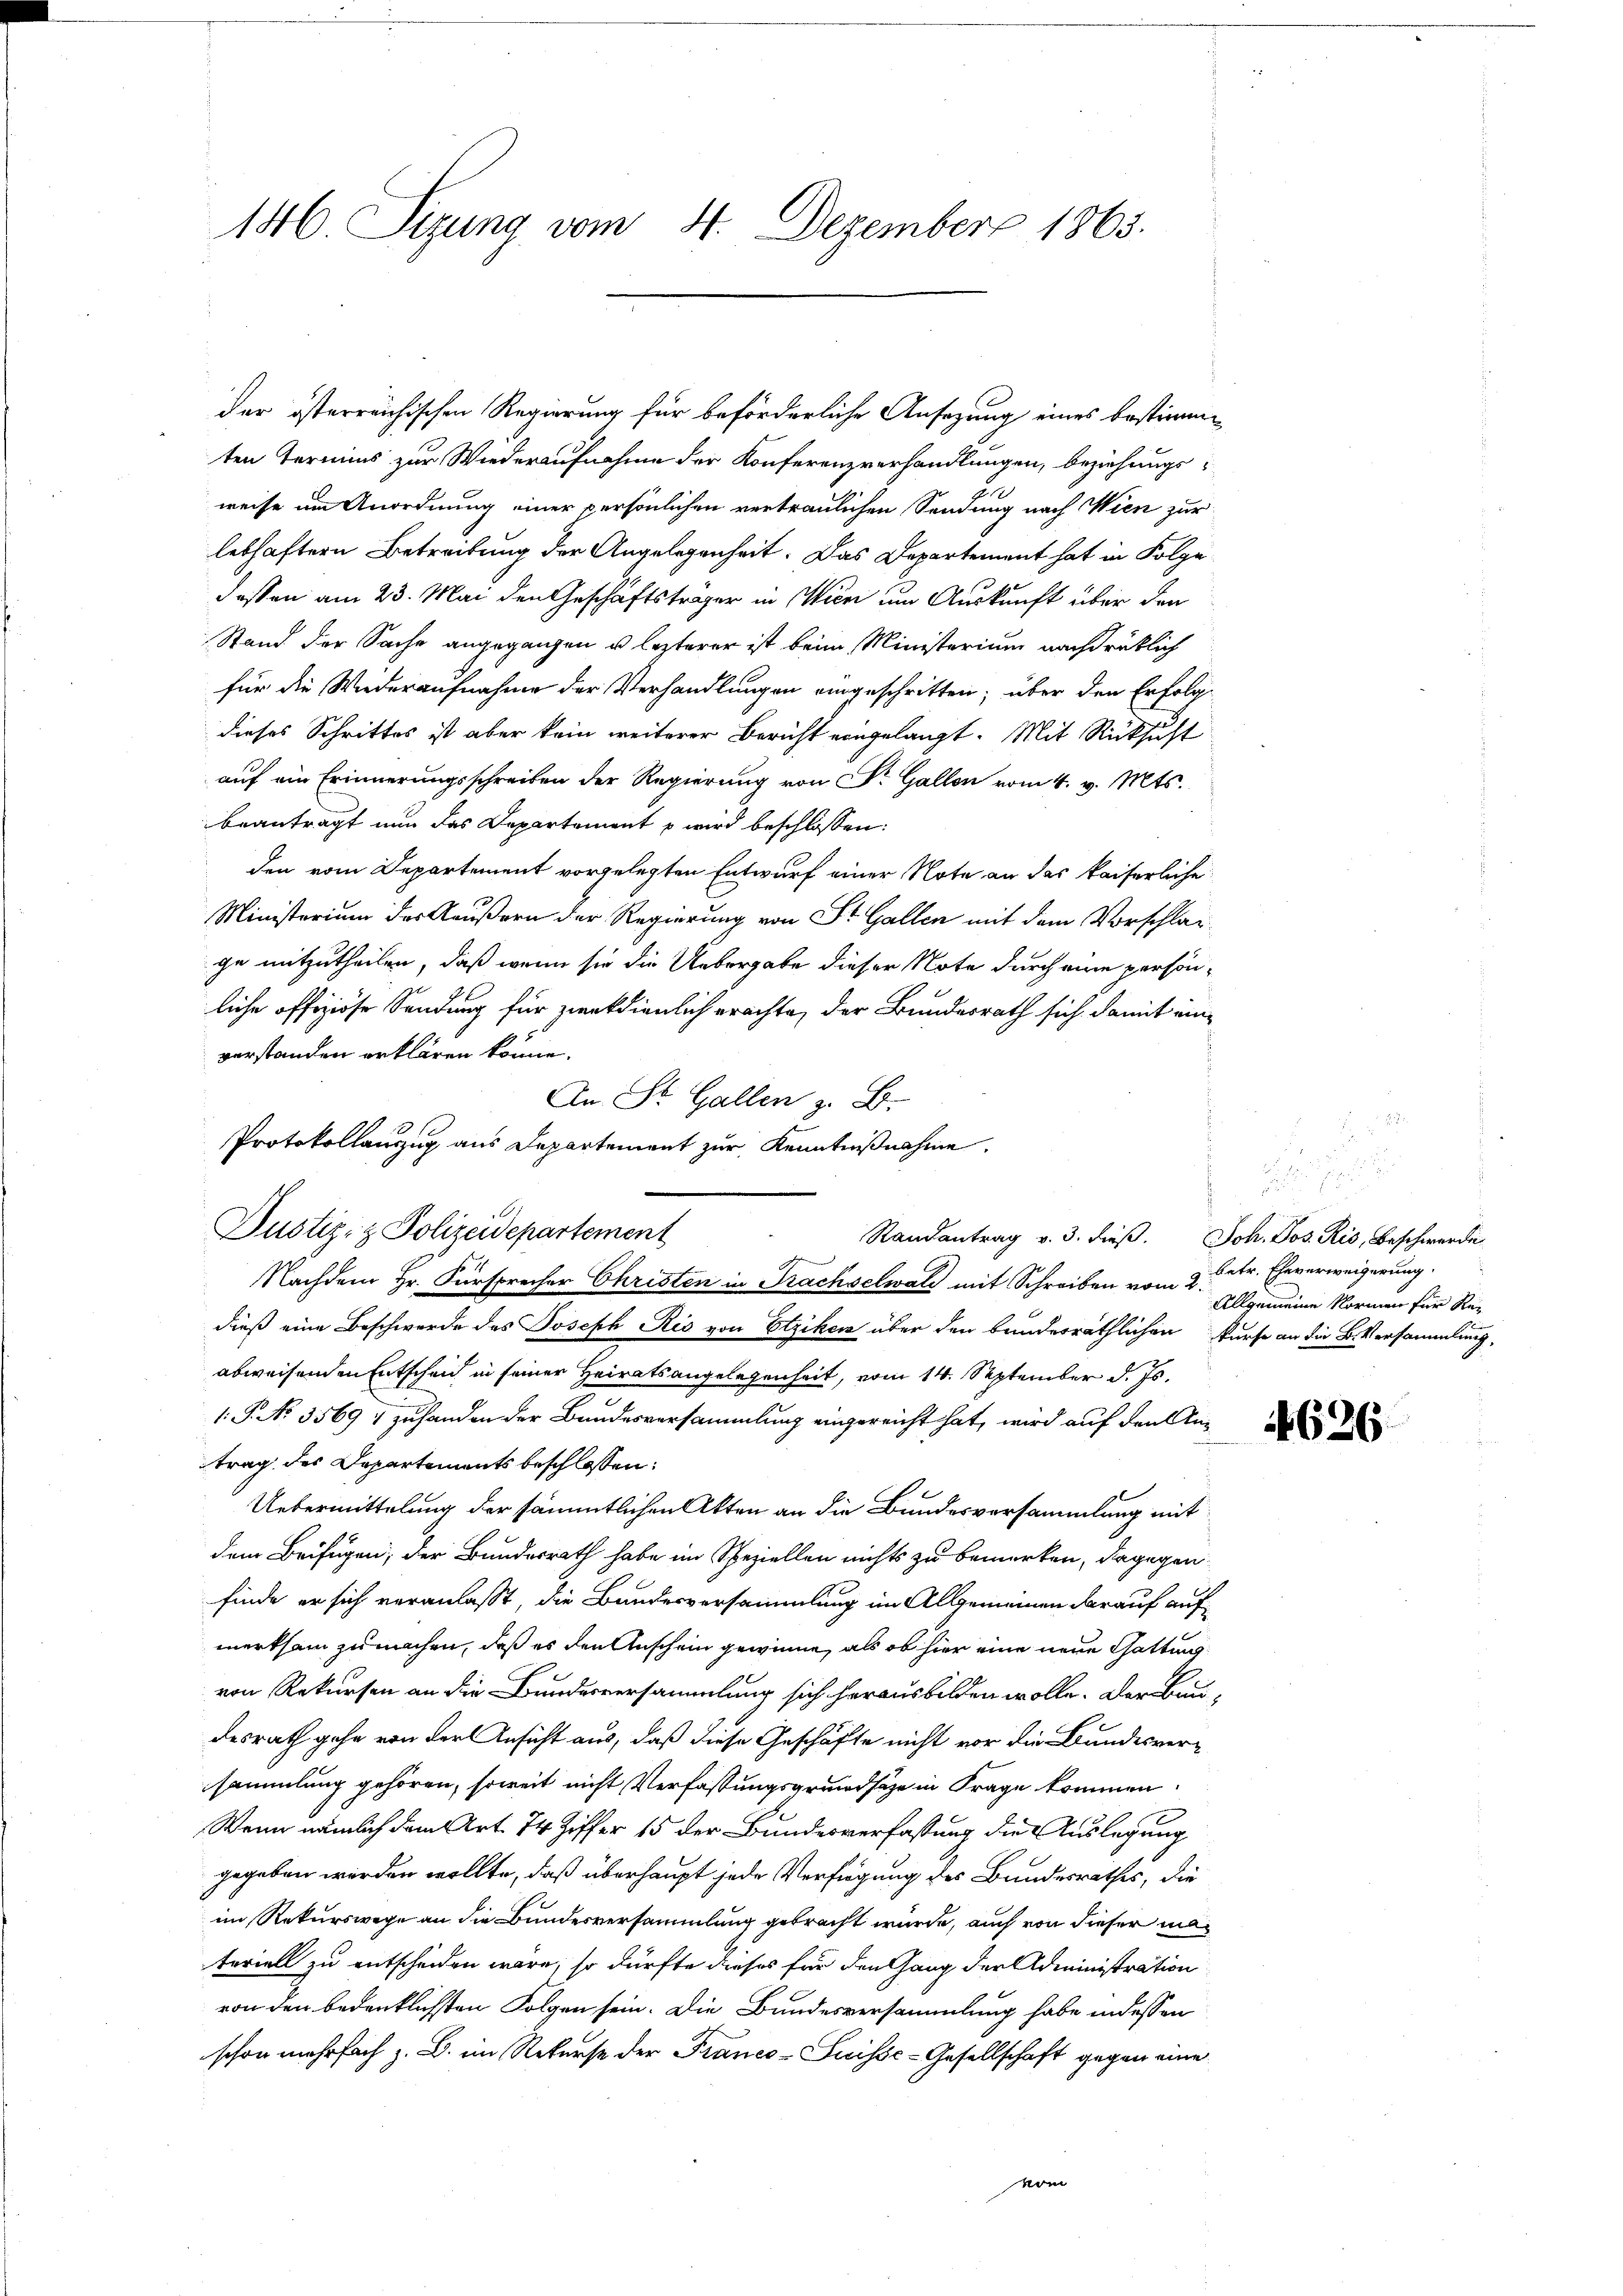
146. Sizung vom 4. Dezember 1865.

der österreichischen Regierung für beförderliche Ansazung eines bestimmten Termins zur Wiederaufnahme der Konferenzverhandlungen, beziehungsweise um Anordnung einer persönlichen vertraulichen Sendung nach Wien zur
lebhaftern Betreibung der Angelegenheit. Das Departement hat in Folge
dassen am 23. Mai den Geschäftsträger in Wien um Auskunft über den
Stand der Sache angegangen u. lezterer ist beim Ministerium nachdrüklich
für die Wiederaufnahme der Verhandlungen eingeschritten; über den Erfolg-
dieses Schrittes ist aber kein weiterer Bericht eingelangt. Mit Rücksicht
auf ein Erinnerungsschreiben der Regierung von Dr. Gallon vom 4. v. Mts.
beantragt nun das Departement p wird beschlossen:
den vom Departement vorgelegten Entwurf einer Note an das kaiserliche
Ministerium der Käußern der Regierung von St. Gallen mit dem Vorschlagge mitzutheilen, daß wenn sie die Uebergabe dieser Note durch eine persönliche offiziöse Sendung für zweckdienlich erachte, der Bundesrath sich damit einverstanden erklären könne.
An St. Gallen z. B.
Protokollanzug aus Departement zur Kenntnißnahme.
Dustiz- & Polizeidepartement
Nachdem Hr. Fürsprecher Christen in Prachselwalz mit Schreiben vom 2.
dieß eine Beschwerde des Joseph Ris von Etzikon über den bundesräthlichen Kurse an die B. Versammlung,
abweisenden Entscheid in seiner Heiratsangelegenheit, vom 14. September d. Js.
1. P. No. 3569 ; zuhanden der Bundesversammlung eingereicht hat, wird auf den Antrag des Departements beschlossen:
Uebermittelung der sämmtlichen Akten an die Bundesversammlung mit
dem Beifügen; der Bundesrath habe im Speziellen nichts zu bemerken, dagegen
finde er sich veranlaßt, die Bandesversammlung im Allgemeinen darauf aufmerksam zu machen, daß es den Anschein gewinne, als ob hier eine neue Gattung
von Rekursen an die Bundesversammlung sich herausbilden wolle. Der Baudesrath gehe von der Ansicht aus, daß diese Geschäfte nicht vor die Bundesversammlung gehören, soweit nicht Verfassungsgrundsätze in Frage kommen.
Wenn nämlich dem Art. 74 Ziffer 15 der Bundesverfassung die Auslegung
gegeben werden wollte, daß überhaupt jede Verfügung des Bundesrathes, die
im Rekurswege an die Bundesversammlung gebracht wurde, auch von dieser materiell zu entscheiden wäre, so dürfte dieses für den Gang der Administration
von den bedenklichsten Folgen sein. Die Bandesversammlung habe in dessen
schon mehrfach z. B. im Rekurse der Franco-Suisse-Gesellschaft gegen eine
vom

Randantrag v. 3. dieß.

Joh. Jos. Ris, Beschwerde
betr. Eheverweigerung.
Allgemeine Normen für Re¬

4626